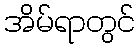
အိမ်ရာတွင်